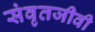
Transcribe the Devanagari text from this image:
संवृतजीवी